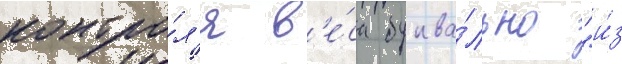
контро́л'я в'е́са буква́льно "и́з